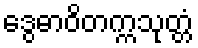
ဒွေဓာဝိတက္ကသုတ္တံ